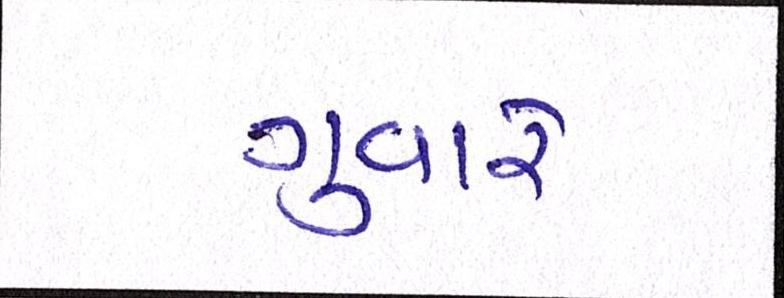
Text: ગુવારે